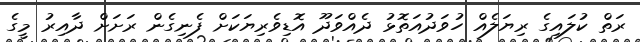
ރަތް ކުލައިގެ ރިޔަލެއް ހުވަދުއަތޮޅު ދެއްވަދޫ އޮޑިވެރިޔަކަށް ފެނިގެން ރަށަށް ދާއިރު މީގެ